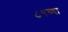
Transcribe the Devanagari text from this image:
८९व्या